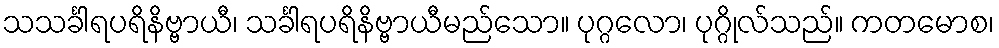
သသင်္ခါရပရိနိဗ္ဗာယီ၊ သင်္ခါရပရိနိဗ္ဗာယီမည်သော။ ပုဂ္ဂလော၊ ပုဂ္ဂိုလ်သည်။ ကတမောစ၊